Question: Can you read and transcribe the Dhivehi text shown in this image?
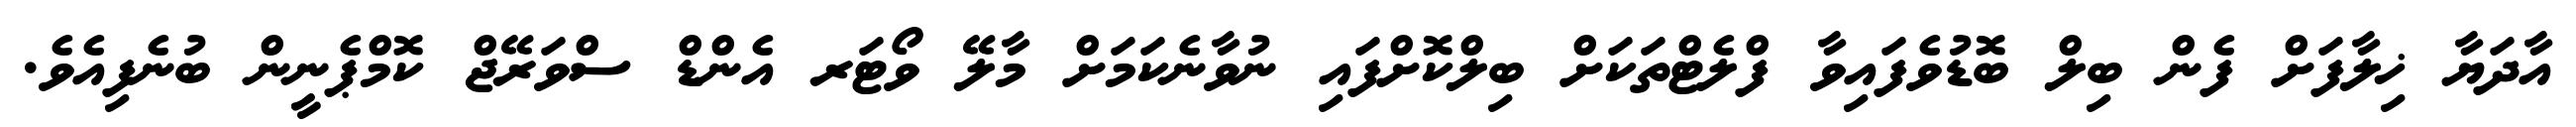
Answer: އާދަޔާ ޚިލާފަށް ފެން ބިލް ބޮޑުވެފައިވާ ފްލެޓްތަކަށް ބިލްކޮށްފައި ނުވާނެކަމަށް މާލޭ ވޯޓަރ އެންޑް ސްވަރޭޖް ކޮމްޕެނީން ބުނެފިއެވެ.